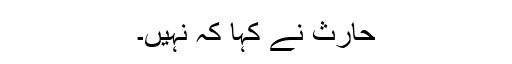
حارث نے کہا کہ نہیں۔